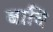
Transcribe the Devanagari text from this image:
बांचि